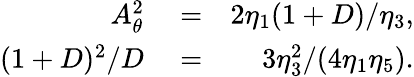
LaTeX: \begin{array}{rlr}{A_{\theta}^{2}}&{{}=}&{2\eta_{1}(1+D)/\eta_{3},}\\ {(1+D)^{2}/D}&{{}=}&{3\eta_{3}^{2}/(4\eta_{1}\eta_{5}).}\end{array}